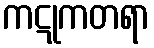
ကဋုကတရာ